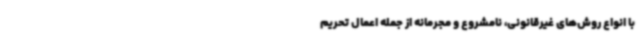
با انواع روش‌های غیرقانونی، نامشروع و مجرمانه از جمله اعمال تحریم